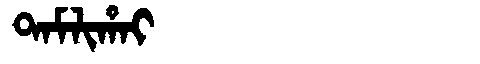
Manchu: ᡨᠠᠮᠯᡳᡥᠠᡳ
Romanization: TAMLIHAI